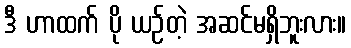
ဒီ ဟာထက် ပို ယဉ်တဲ့ အဆင်မရှိဘူးလား။